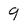
Character: 9